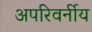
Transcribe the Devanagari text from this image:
अपरिवर्नीय